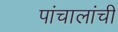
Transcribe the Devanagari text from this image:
पांचालांची